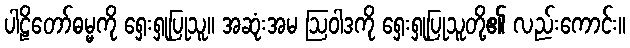
ပါဠိတော်ဓမ္မကို ရှေးရှုပြုသူ။ အဆုံးအမ ဩဝါဒကို ရှေးရှုပြုသူတို့၏ လည်းကောင်း။